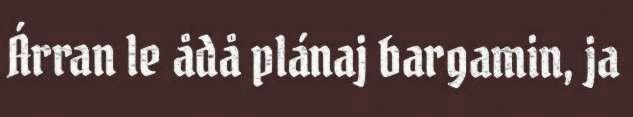
Árran le ådå plánaj bargamin, ja